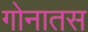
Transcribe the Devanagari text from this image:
गोनातस